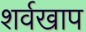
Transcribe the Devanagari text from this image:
शर्वखाप